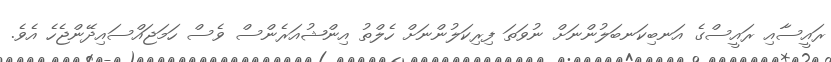
ރައީސާއި ރައީސްގެ އަނބިކަނބަލުންނަށް ނުވަތަ ފިރިކަލުންނަށް ހެލްތު އިންޝުއަރެންސް ވެސް ހަމަޖައްސައިދޭންޖެހެ އެވެ.